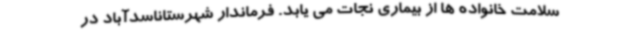
سلامت خانواده ها از بیماری نجات می یابد. فرماندار شهرستاناسدآباد در